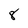
Character: 8